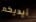
أيديكم